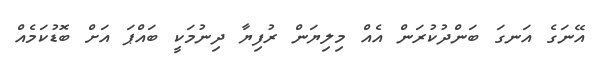
އޭނަގެ އަނގަ ބަންދުކުރަން އެއް މިލިޔަން ރުފިޔާ ދިނުމަކީ ބައްޕަ އަށް ބޮޑުކަމެއް